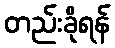
တည်းခိုရန်